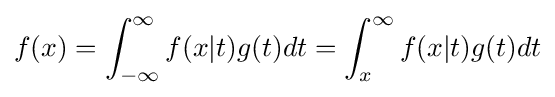
f(x)=\int _{-\infty }^{\infty }f(x|t)g(t)dt=\int _{x}^{\infty }f(x|t)g(t)dt